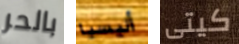
بالحر أليسيا كيتى